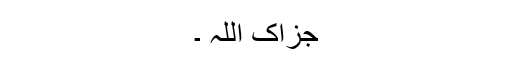
جزاک اللہ ۔